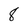
Character: 8